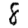
Digit: 8